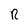
Character: R